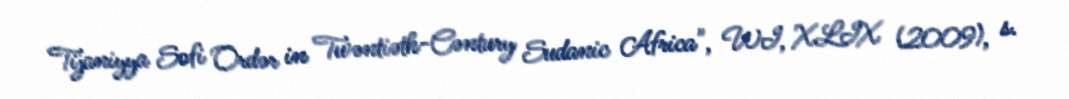
Tijaniyya Sofi Ordər in Twəntiəth-Cəntury Sudanic Africa", WI, XLIX (2009), s.